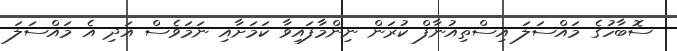
ސޮބާހުގެ މައްސަލަ އިސްތިއުނާފް ކުރަން ނިންމާފައިވާ ކަމަށާއި ނަމަވެސް އަދި އެ މައްސަލަ